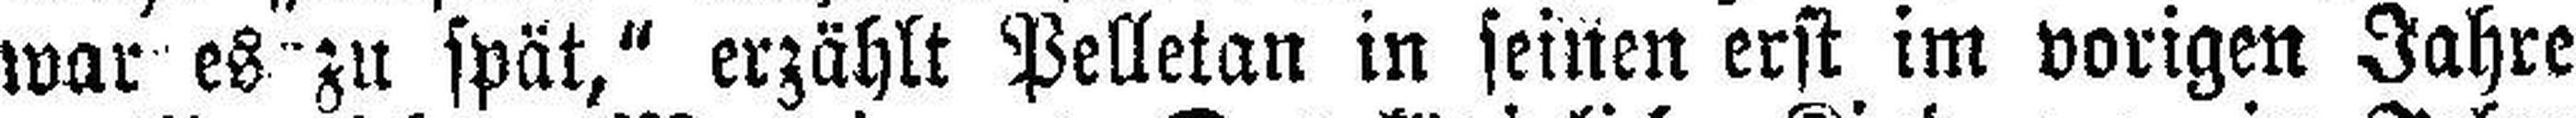
war es zu spät," erzählt Pelletan in seinen erst im vorigen Jahre